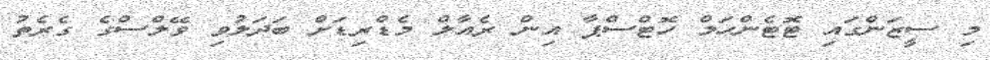
މި ސީޒަންގައި ޓޮޓެންހަމް ހޮޓްސްޕާ އިން ރެއާލް މެޑްރިޑަށް ބަދަލުވި ވޭލްސްގެ ގެރެތު